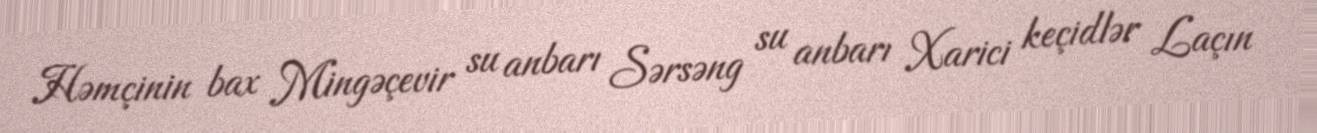
Həmçinin bax Mingəçevir su anbarı Sərsəng su anbarı Xarici keçidlər Laçın